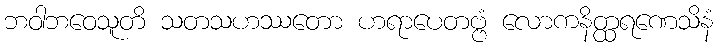
ဘဝါဘဝေသူတိ သတသဟဿတော ဟရာပေတဗ္ဗံ လောကနိတ္ထရဏေသိနံ